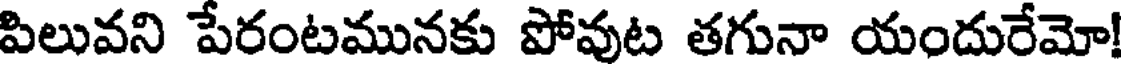
పిలువని పేరంటమునకు పోవుట తగునా యందురేమో!